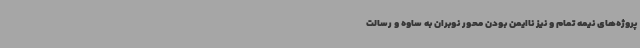
پروژه‌های نیمه تمام و نیز ناایمن بودن محور نوبران به ساوه و رسالت